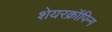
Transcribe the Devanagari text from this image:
शेयरक्रॉपिन्ग